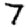
Digit: 7